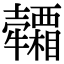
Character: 𤜕